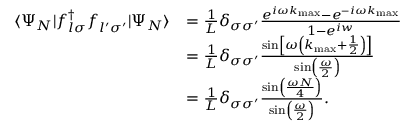
\begin{array} { r l } { \langle \Psi _ { N } | f _ { l \sigma } ^ { \dagger } f _ { l ^ { \prime } \sigma ^ { \prime } } ^ { \phantom { \dagger } } | \Psi _ { N } \rangle } & { = \frac { 1 } { L } \delta _ { \sigma \sigma ^ { \prime } } \frac { e ^ { i \omega k _ { \mathrm { m a x } } } - e ^ { - i \omega k _ { \mathrm { m a x } } } } { 1 - e ^ { i w } } } \\ & { = \frac { 1 } { L } \delta _ { \sigma \sigma ^ { \prime } } \frac { \sin \left[ \omega \left( k _ { \mathrm { m a x } } + \frac { 1 } { 2 } \right) \right] } { \sin \left( \frac { \omega } { 2 } \right) } } \\ & { = \frac { 1 } { L } \delta _ { \sigma \sigma ^ { \prime } } \frac { \sin \left( \frac { \omega N } { 4 } \right) } { \sin \left( \frac { \omega } { 2 } \right) } . } \end{array}